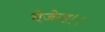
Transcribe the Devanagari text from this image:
भेजेगा।।